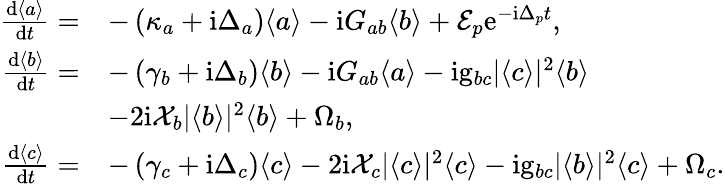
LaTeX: \begin{array}{rl}{\frac{\mathrm{d}\langle a\rangle}{\mathrm{d}t}=}&{-\left(\kappa_{a}+\mathrm{i}\Delta_{a}\right)\langle a\rangle-\mathrm{i}G_{ab}\langle b\rangle+\mathcal{E}_{p}\mathrm{e}^{-\mathrm{i}\Delta_{p}t},}\\ {\frac{\mathrm{d}\langle b\rangle}{\mathrm{d}t}=}&{-\left(\gamma_{b}+\mathrm{i}\Delta_{b}\right)\langle b\rangle-\mathrm{i}G_{ab}\langle a\rangle-\mathrm{i}\mathrm{g}_{bc}|\langle c\rangle|^{2}\langle b\rangle}\\ &{-2\mathrm{i}\mathcal{X}_{b}|\langle b\rangle|^{2}\langle b\rangle+\Omega_{b},}\\ {\frac{\mathrm{d}\langle c\rangle}{\mathrm{d}t}=}&{-\left(\gamma_{c}+\mathrm{i}\Delta_{c}\right)\langle c\rangle-2\mathrm{i}\mathcal{X}_{c}|\langle c\rangle|^{2}\langle c\rangle-\mathrm{i}\mathrm{g}_{bc}|\langle b\rangle|^{2}\langle c\rangle+\Omega_{c}.}\end{array}